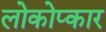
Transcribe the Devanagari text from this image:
लोकोप्कार